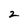
Character: 2